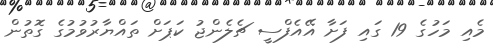
މެއި މަހުގެ 19 ގައި ފަށާ އޭއެފްސީ ޗެލެންޖު ކަޕަށް ތައްޔާރުވުމުގެ ގޮތުން